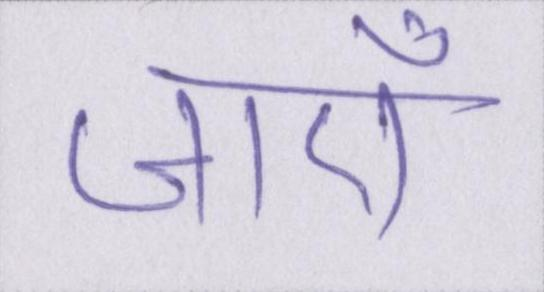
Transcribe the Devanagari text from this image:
जाएँ